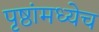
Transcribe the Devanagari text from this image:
पृष्ठांमध्येच